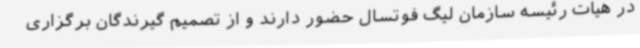
در هیات رئیسه سازمان لیگ فوتسال حضور دارند و از تصمیم گیرندگان برگزاری